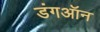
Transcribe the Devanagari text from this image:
डंगऑन